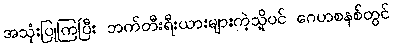
အသုံးပြုကြပြီး ဘက်တီးရီးယားများကဲ့သို့ပင် ဂေဟစနစ်တွင်